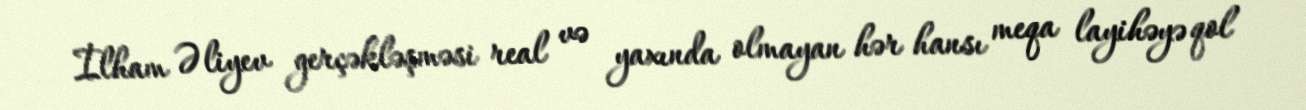
İlham Əliyev gerçəkləşməsi real və yaxında olmayan hər hansı meqa layihəyə qol